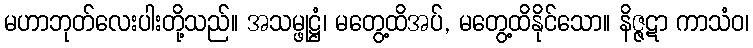
မဟာဘုတ်လေးပါးတို့သည်။ အသမ္ဖုဋ္ဌံ၊ မတွေ့ထိအပ်, မတွေ့ထိနိုင်သော။ နိဇ္ဇဋာ ကာသံဝ၊